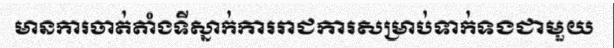
មានការចាត់តាំងទីស្នាក់ការរាជការសម្រាប់ទាក់ទងជាមួយ